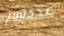
عددهم